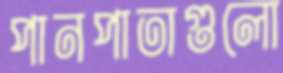
পানপাতাগুলো